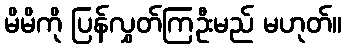
မိမိကို ပြန်လွှတ်ကြဦးမည် မဟုတ်။